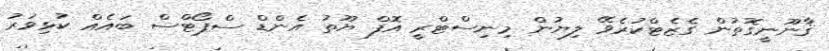
ޤާނޫނީގޮތުން ގެޒެޓްކުރެވޭ ލިޔުން މިނިސްޓްރީ އޮފް ޔޫތު އެންޑް ސްޕޯޓްސް ބައެއް ކުޅިވަރު